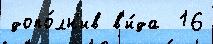
допо́лн'ив в'и́да  16